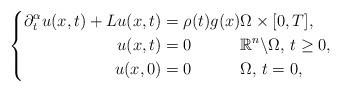
LaTeX: \begin{align*}\left\{\begin{aligned}\partial_{t}^{\alpha}u(x,t) + Lu(x,t) & = \rho(t)g(x) \Omega\times[0,T], \\u(x,t) & = 0 \quad\quad\quad\mathbb{R}^{n}\backslash\Omega, \, t\geq 0, \\u(x,0) & = 0 \quad\quad\quad\Omega,\, t = 0,\end{aligned}\right.\end{align*}